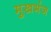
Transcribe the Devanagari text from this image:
मुखभंज